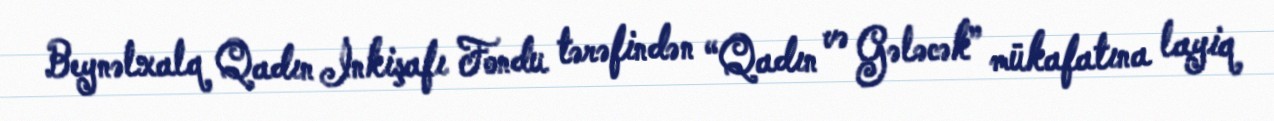
Beynəlxalq Qadın İnkişafı Fondu tərəfindən “Qadın və Gələcək” mükafatına layiq